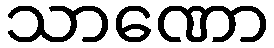
သာဏော